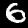
Label: 6